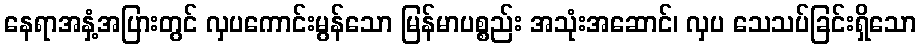
နေရာအနှံ့အပြားတွင် လှပကောင်းမွန်သော မြန်မာပစ္စည်း အသုံးအဆောင်၊ လှပ သေသပ်ခြင်းရှိသော